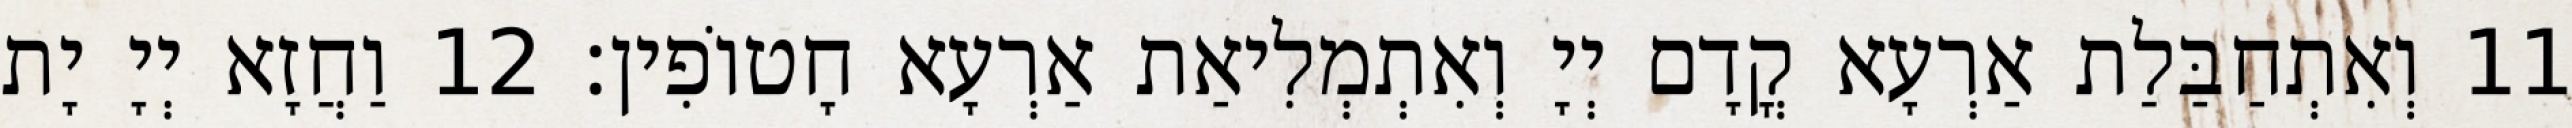
11 וְאִתְחַבַּלַת אַרְעָא קֳדָם יְיָ וְאִתְמְלִיאַת אַרְעָא חָטוֹפִין׃ 12 וַחֲזָא יְיָ יָת